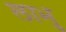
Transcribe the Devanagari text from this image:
लाभु